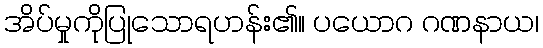
အိပ်မှုကိုပြုသောရဟန်း၏။ ပယောဂ ဂဏနာယ၊